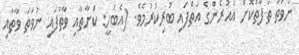
ނުވަތަ ތަފާތުކޮށް އެއުރެންގެ އަތްފައި ބުރިކުރުމެވެ. (އެބަހީ: ކަނާތާއި ވާތުފައި ނުވަތަ ވާތާއި